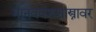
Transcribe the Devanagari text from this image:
मानववंशशास्त्रावर